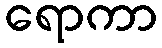
ရောကာ